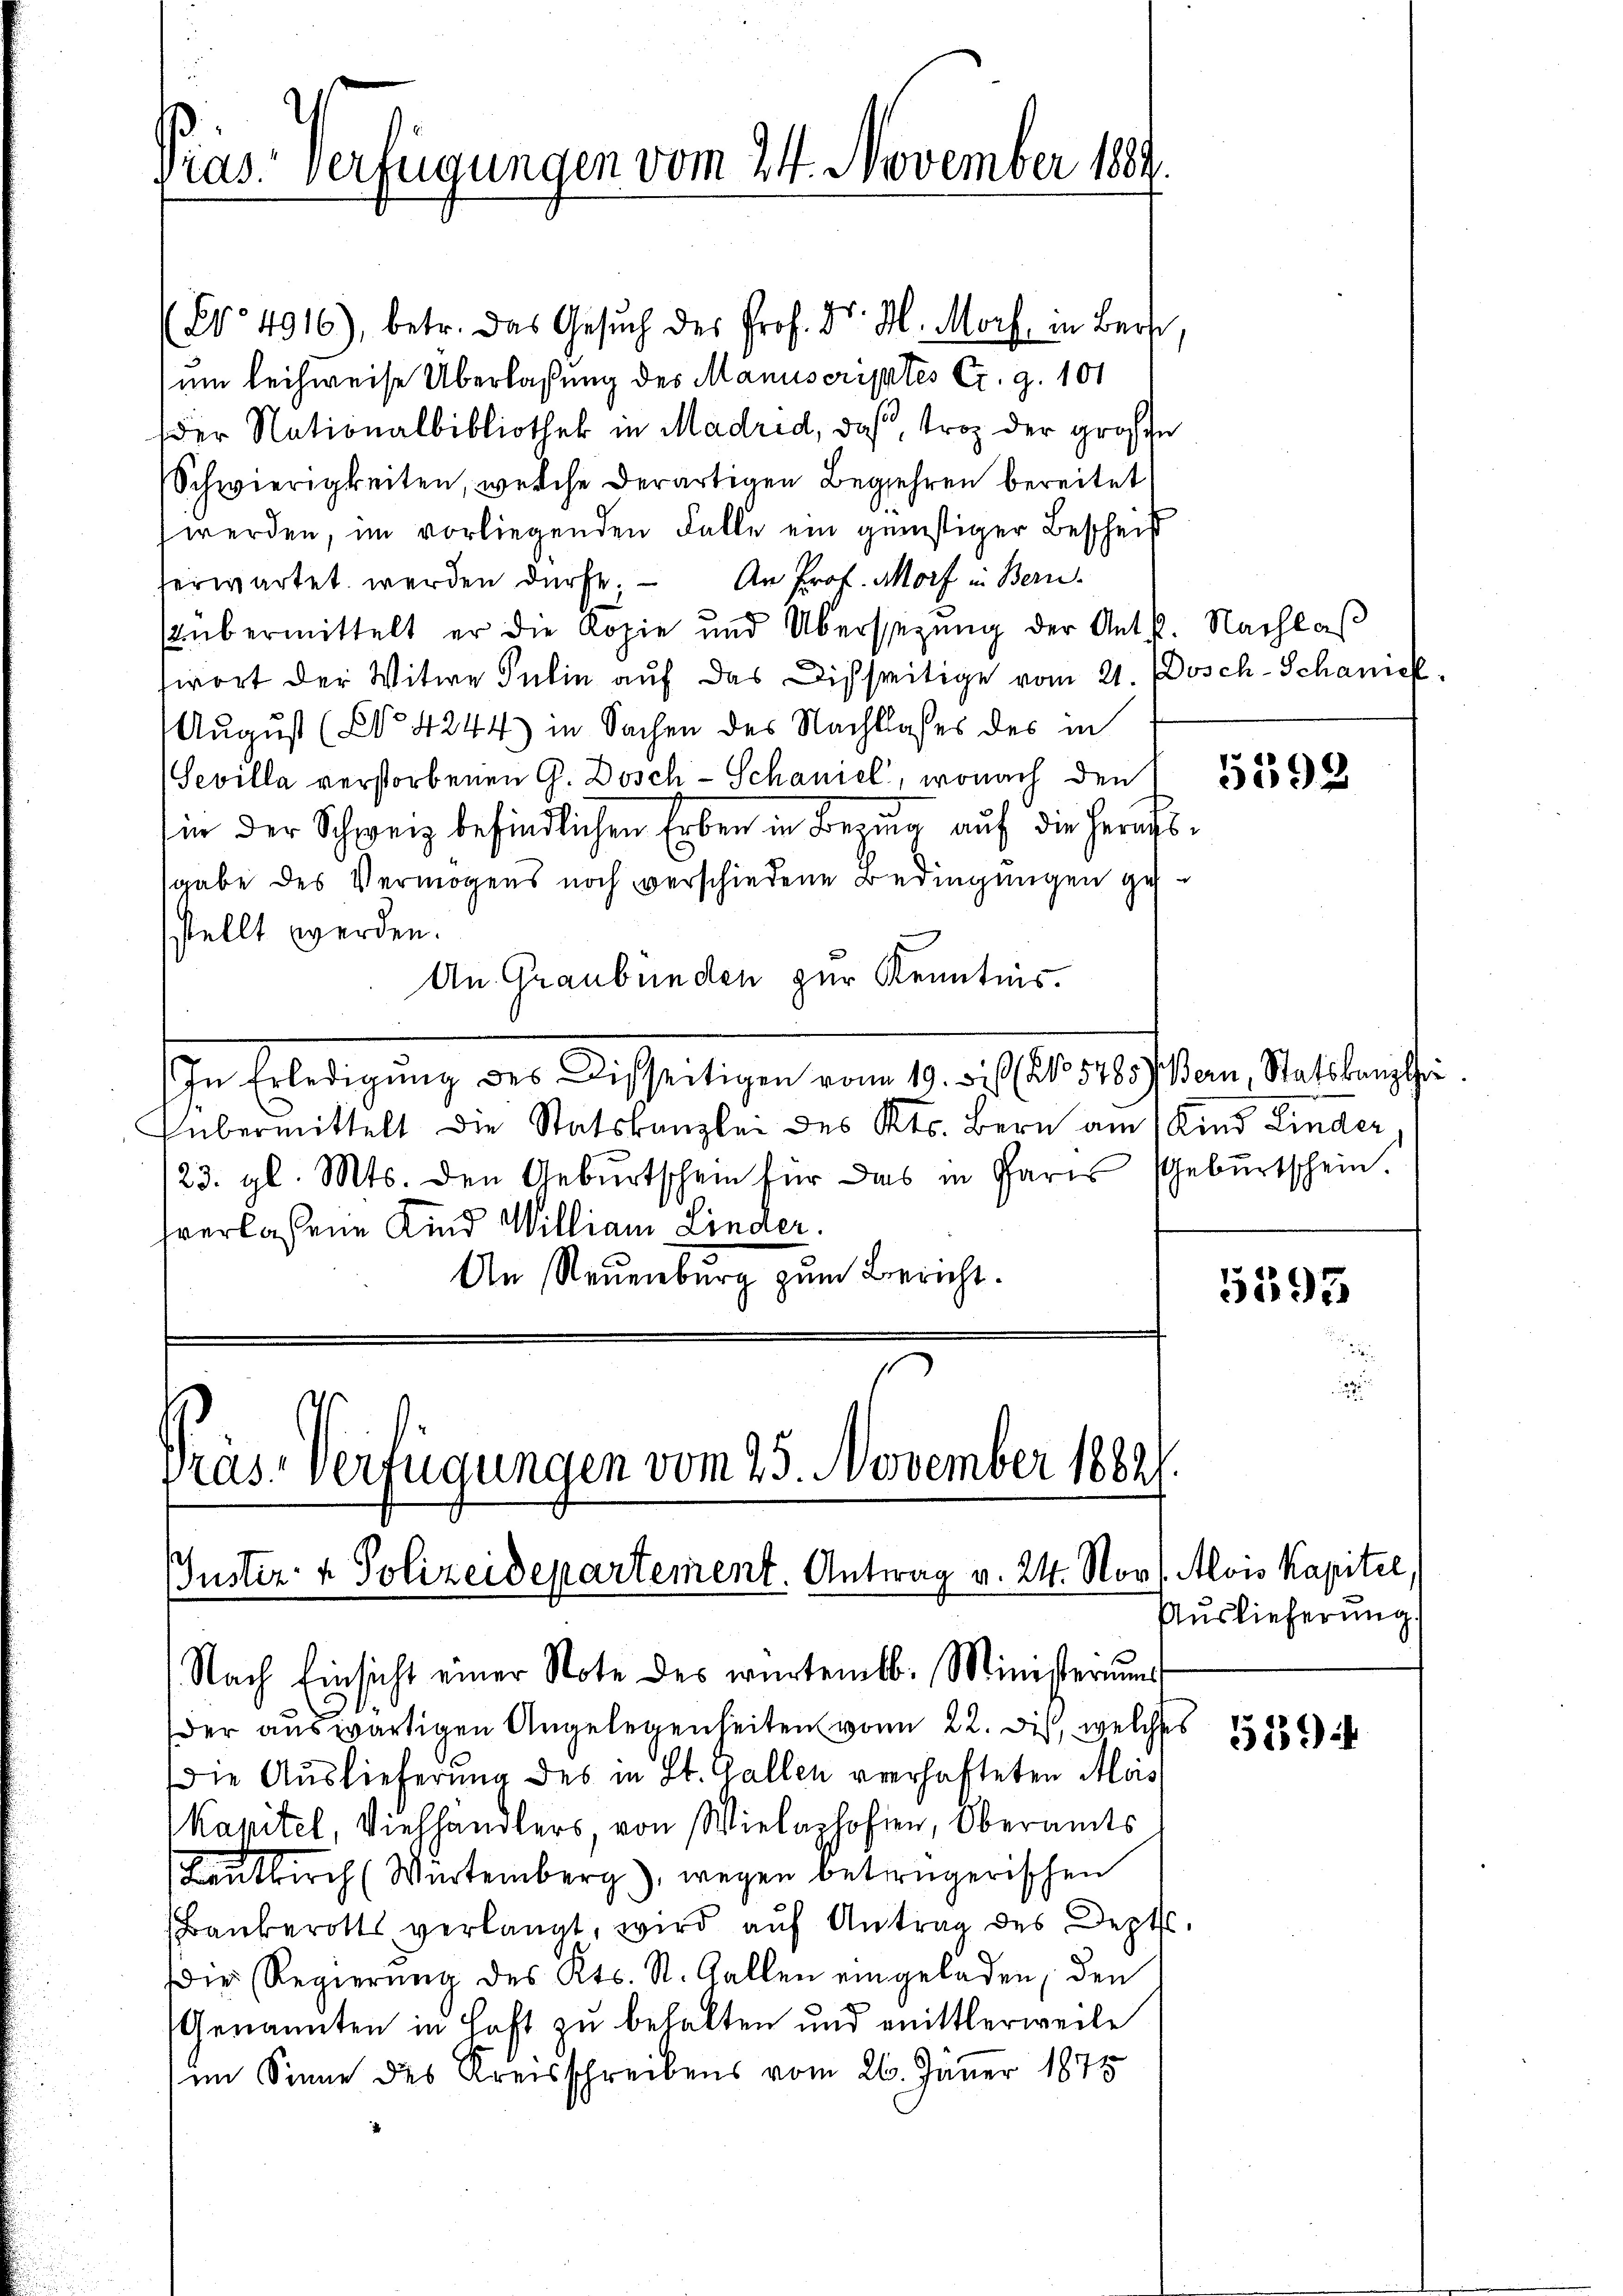
Präs. Verfügungen vom 24. November 1889.

(Nr. 4016), betr. das Gesuch des Prof. Dr. M. Morf, in Ber
um leihweise Überlaßung des Manuscriptes C. g. 101
der Nationalbibliothek in Madrid, daß, troz der große
Schwierigkeiten, welche derartigen Begehren bereitet
werden, im vorliegenden Falle ein günstiger Bescheif
ferwartet werden dürfe. - An Prof. Morf in Bern
übermittelt er die Kopie und Übersezung der Ant. Nachlas
swort der Witwe Pulin auf das Disseitige vom 21. Dosch-Schaniel
August (Co 4244) in Sachen des Nachtloses des in
(Sevilla verstorbenen G. Dosch-Schaniel, wonach den
in der Schweiz befindlichen Erben in Beging auf die Geruchssgabe des Vermögens noch verschiedene Bedingungen gehsstellt werden.
An Graubünden zur Kenntnis.
In Erledigŭng des Disseitigen vom 19. bis No 5485) Bern, Statskanzlei
übermittelt die Statskanzlei des Kts. Bern am 1. Kind Kinder
123. gl. Mts. den Geburtschein für das in Paris Geburtschein.
verlassene Kind William Linder.
An Neuenburg zŭm Bericht.

Pras-Verfügungen vom 25. November 18821
Justiz- & Polizeidepartement. Antrag v. 24. Nov. Alois Kapitel,
Nach Einsicht einer Note des würtemb. Ministeriums

der auswärtigen Angelegenheiten von 22. der, welches
Die Auslieferung des in St. Gallen verhafteten Mois
Kapitel, Viehhändlers, von Wielachofen, Oberamts
Brautkirch (Wartemberg), wegen betrügerischen
Bankerott verlangt, wird aŭf Antrag des Dept
Die Regierŭng des Kts. St. Gallen eingeladen, den
(Genannten in Haft zu behalten und mittlerweile
im Sinne des Kreisschreibens vom 26. Jänner 1875

5592

5193

Auslieferung.

51944